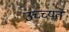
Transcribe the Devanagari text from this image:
उच्च्यते